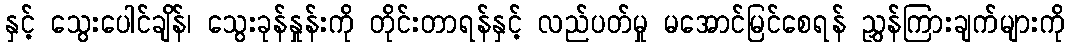
နှင့် သွေးပေါင်ချိန်၊ သွေးခုန်နှုန်းကို တိုင်းတာရန်နှင့် လည်ပတ်မှု မအောင်မြင်စေရန် ညွှန်ကြားချက်များကို